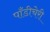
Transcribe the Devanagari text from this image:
पाँडीचेरी